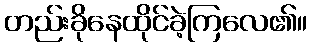
တည်းခိုနေထိုင်ခဲ့ကြလေ၏။